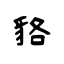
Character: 貉